Manual of vaccination for the United Provinces of Agra and Oudh -
Year: 1903
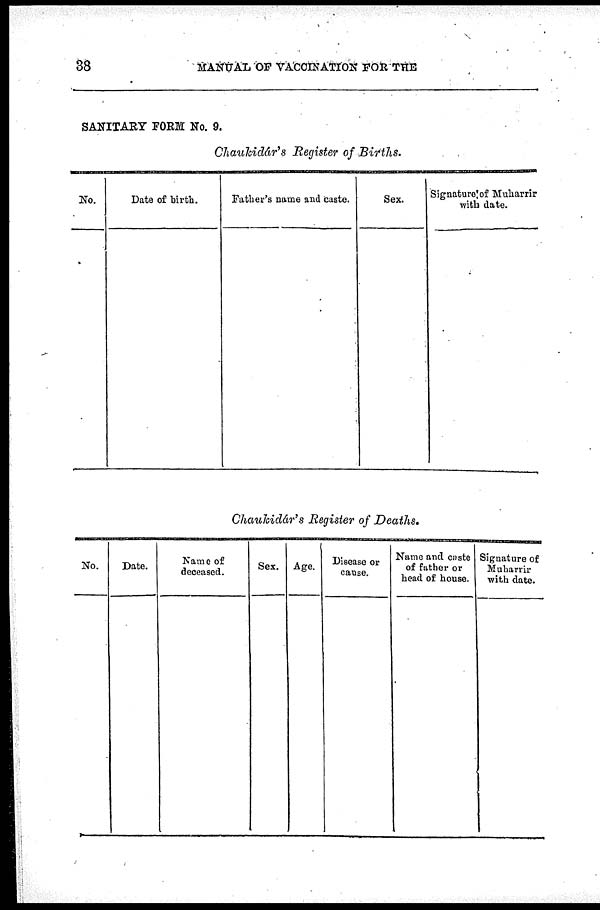
38
MANUAL OF VACCINATION FOR THE
SANITARY FORM No. 9.
Chaukidár's Register of Births.
No.
Date of birth.
Father's name and caste.
Sex.
Signature of Muharrir
with date.
Chaukidár's Register of Deaths.
No.
Date.
Name of
deceased.
Sex. Age.
Disease or
cause.
Name and caste
of father or
head of house.
Signature of
Muharrir
with date.